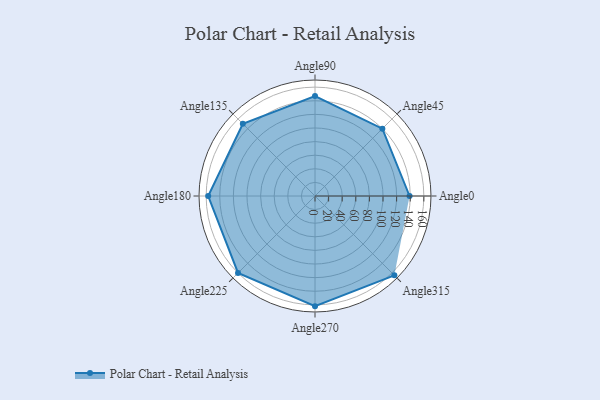
{"axis": {"x": "Angle", "y": "Radius"}, "legend": [""], "data": [{"x": "Angle0", "y": 139.0, "type": ""}, {"x": "Angle45", "y": 140.0, "type": ""}, {"x": "Angle90", "y": 147.0, "type": ""}, {"x": "Angle135", "y": 150.0, "type": ""}, {"x": "Angle180", "y": 157.0, "type": ""}, {"x": "Angle225", "y": 160.0, "type": ""}, {"x": "Angle270", "y": 162.0, "type": ""}, {"x": "Angle315", "y": 165.0, "type": ""}]}